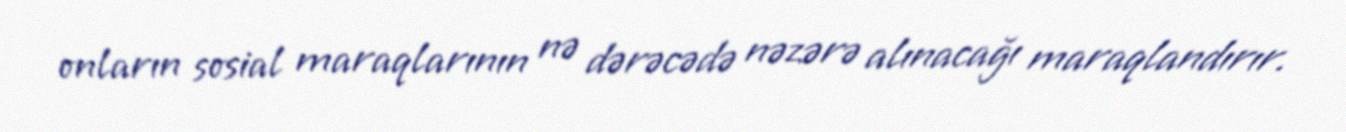
onların sosial maraqlarının nə dərəcədə nəzərə alınacağı maraqlandırır.